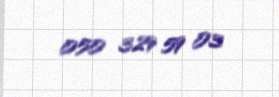
050 329 59 03